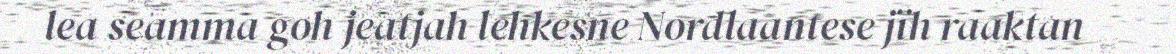
lea seamma goh jeatjah lehkesne Nordlaantese jïh raaktan